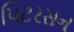
પિટરસન